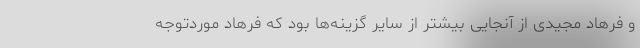
و فرهاد مجیدی از آنجایی بیشتر از سایر گزینه‌ها بود که فرهاد موردتوجه